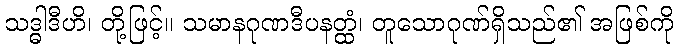
သဒ္ဓါဒီဟိ၊ တို့ဖြင့်။ သမာနဂုဏဒီပနတ္ထံ၊ တူသောဂုဏ်ရှိသည်၏ အဖြစ်ကို